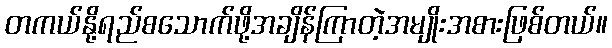
တကယ်နို့ရည်စသောက်ဖို့အချိန်ကြာတဲ့အမျိုးအစားဖြစ်တယ်။